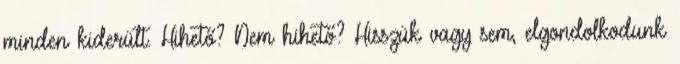
minden kiderült. Hihető? Nem hihető? Hisszük vagy sem, elgondolkodunk